Indian journal of veterinary science and animal husbandry - Volume 1,
Year: 1931
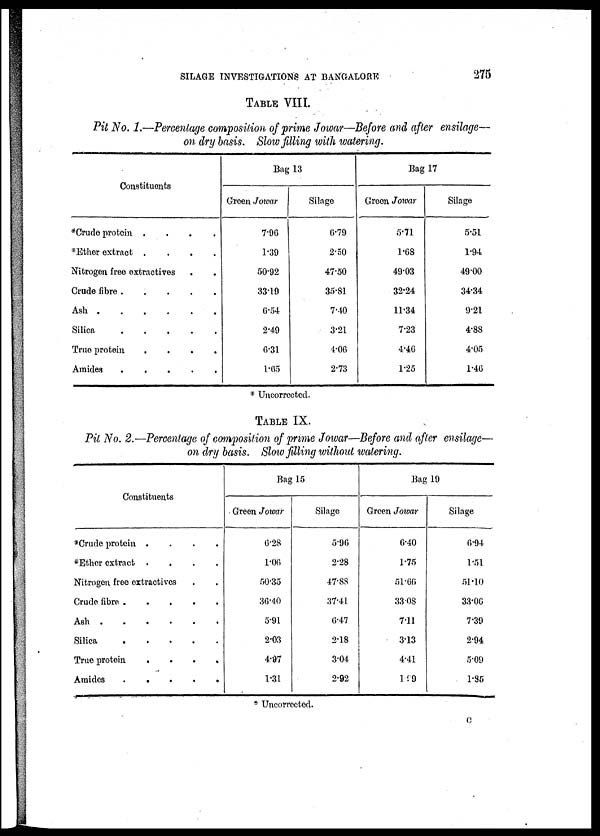
SILAGE INVESTIGATIONS AT BANGALORE
275
TABLE VIII.
Pit No. 1.—Percentage composition of prime Jowar—Before and after ensilage—
on dry basis. Slow filling with watering.
Constituents
*Crude protein
....
*Ether extract
....
Nitrogen free extractives . .
Crude fibre
Ash
Silica
.....
True protein
....
Amides
Bag 13
Green Jowar
7.96
1.39
50.92
33.19
6.54
2.49
6.31
1.65
Silage
6.79
2.50
47.50
35.81
7.40
3.21
4.06
2.73
Bag 17
Green Jowar
5.71
1.68
49.03
32.24
11.34
7.23
4.46
1.25
Silage
5.51
1.94
49.00
34.34
9.21
4.88
4.05
1.46
* Uncorrected.
TABLE IX.
Pit No. 2.—Percentage of composition of prime Jowar—Before and after ensilage—
on dry basis. Slow filling without watering.
Constituents
*Crude protein
....
*Ether extract
....
Nitrogen free extractives
Crude fibre
Ash
Silica
.....
True protein
....
Amides
Bag 15
Green Jowar
6.28
1.06
50.35
36.40
5.91
2.03
4.97
1.31
Silage
5.96
2.28
47.88
37.41
6.47
2.18
3.04
2.92
Bag 19
Green Jowar
6.40
1.75
51.66
33 08
7.11
3.13
4.41
1.99
Silage
6.94
1.51
51.10
33.06
7.39
2.94
5.09
1.85
* Uncorrected.
C